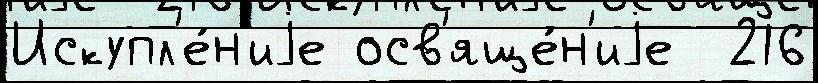
Искупл'е́н'иjе осв'яще́н'иjе  216